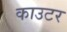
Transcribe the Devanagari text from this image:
काउटर